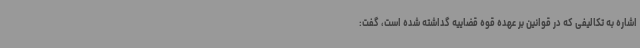
اشاره به تکالیفی که در قوانین بر عهده قوه قضاییه گداشته شده است، گفت: